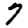
Digit: 7